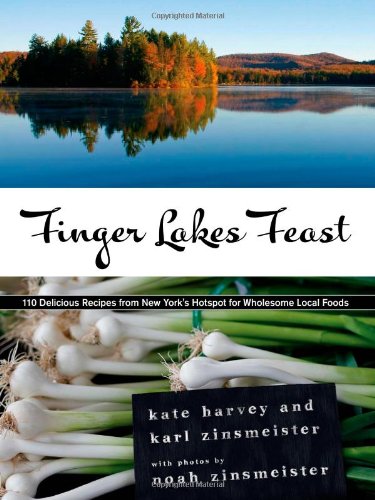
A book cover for Finger Lakes Feast: 110 Delicious Recipes from New York's Hotspot for Wholesome Local Foods; Kate Harvey; Cookbooks, Food & Wine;